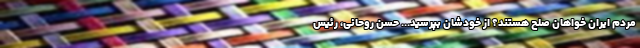
مردم ایران خواهان صلح هستند؟ از خودشان بپرسید... حسن روحانی، رئیس